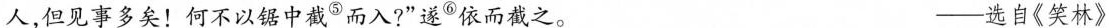
人，但见事多矣！何不以锯中截^{⑤}而入?”遂^{⑥}依而截之。 —选自《笑林》